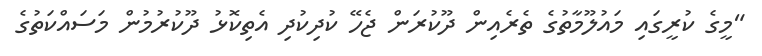
"މީގެ ކުރީގައި މައުލޫމާތުގެ ތެރެއިން ދޫކުރަން ޖެހޭ ކުދިކުދި އެތިކޮޅު ދޫކުރުމުން މަސައްކަތުގެ